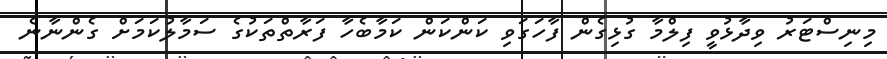
މިނިސްޓަރު ވިދާޅުވީ ފިލްމާ ގުޅިގެން ފާހަގަވި ކަންކަން ކަމާބެހާ ފަރާތްތަކުގެ ސަމާލުކަމަށް ގެންނާނެ